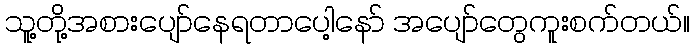
သူ့တို့အစားပျော်နေရတာပေါ့နော် အပျော်တွေကူးစက်တယ်။